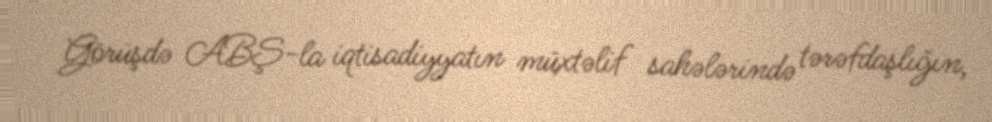
Görüşdə ABŞ-la iqtisadiyyatın müxtəlif sahələrində tərəfdaşlığın,